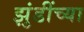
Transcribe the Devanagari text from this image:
झुंडींच्या